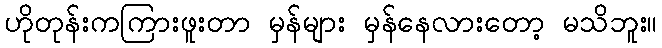
ဟိုတုန်းကကြားဖူးတာ မှန်များ မှန်နေလားတော့ မသိဘူး။